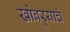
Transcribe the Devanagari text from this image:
खोबर्‍याचे